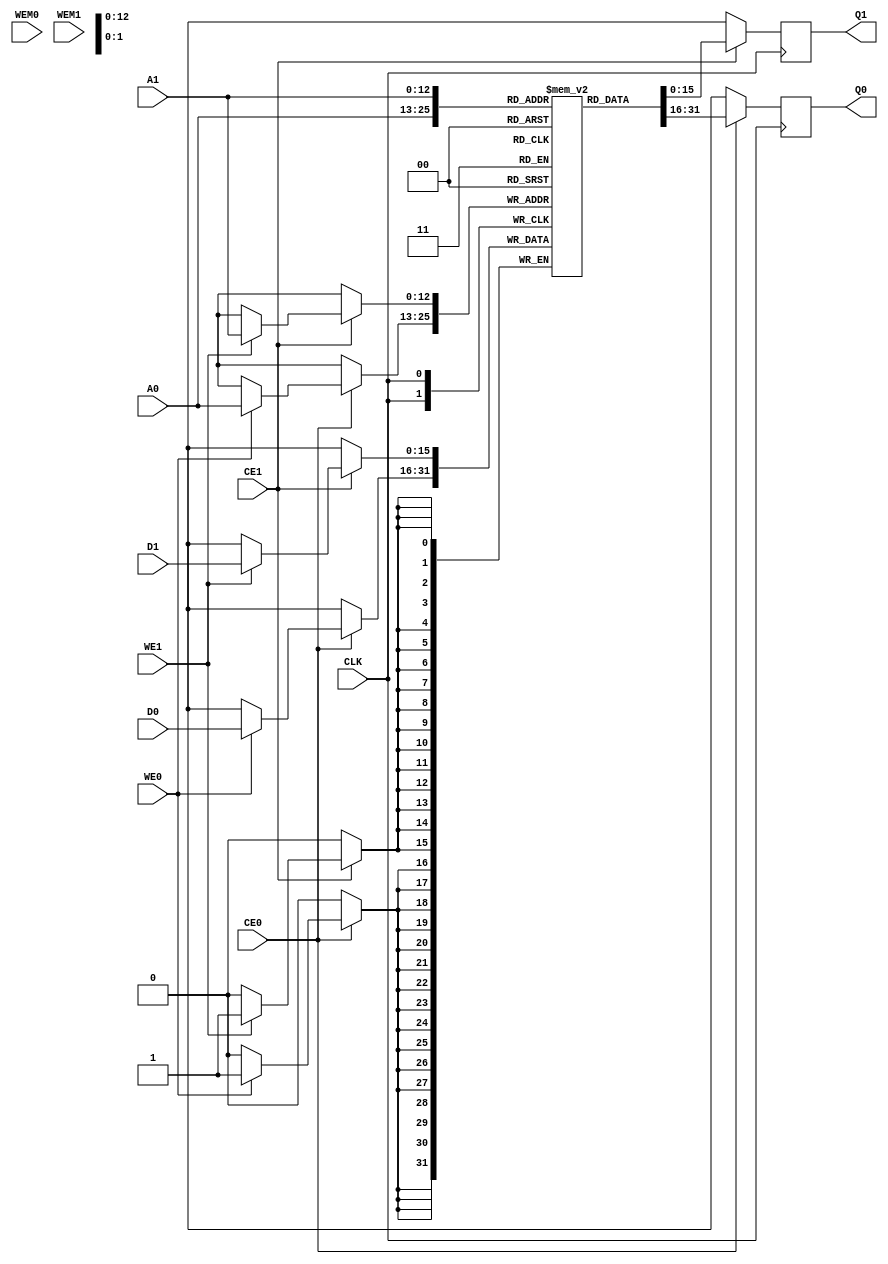
module SRAM2S_8192X16(
	input CLK,
	
	input CE0,
	input[12:0] A0,
	input[15:0] D0,
	input WE0,
	input [15:0] WEM0,
	output reg[15:0] Q0,
	
	input CE1,
	input[12:0] A1,
	input[15:0] D1,
	input WE1,
	input [15:0] WEM1,
	output reg[15:0] Q1
	);
	
	reg[15:0] mem[0:8191];
	
	always @(posedge CLK) begin
		if(CE0) begin
			Q0 <= mem[A0];
			if(WE0)
				mem[A0] <= D0;
		end
		else
			Q0 <= 16'hxxxx;
	end
	
	always @(posedge CLK) begin
		if(CE1) begin
			Q1 <= mem[A1];
			if(WE1)
				mem[A1] <= D1;
		end
		else
			Q1 <= 16'hxxxx;
	end
	
endmodule